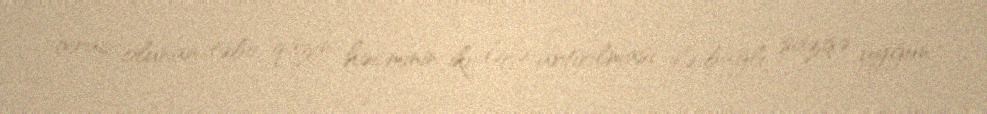
ixrac olunan təbii qazın həcminin iki dəfə artırılması ilə bağlı sazişə uyğun